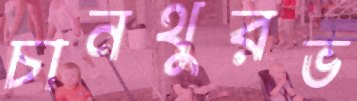
চানথুরভ